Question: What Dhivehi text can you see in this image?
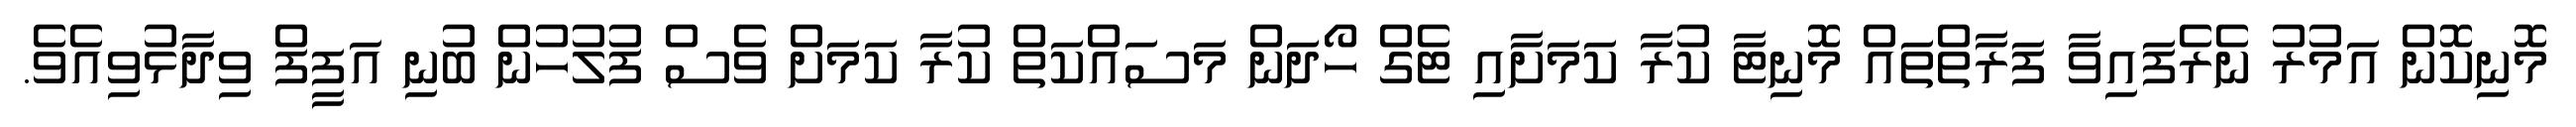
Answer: މޮނިކޮން އަމުރު ނެރެފައިވާ ފަރާތްތައް މޮނިޓާ ކުރާ ކަމަށާއި ޓެގް ހޯދަން މަސައްކަތް ކުރާ ކަމަށް ވެސް ފުލުހުން ބުނި އަފީފް ވިދާޅުވިއެވެ.